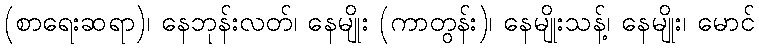
(စာရေးဆရာ)၊ နေဘုန်းလတ်၊ နေမျိုး (ကာတွန်း)၊ နေမျိုးသန့်၊ နေမျိုး၊ မောင်